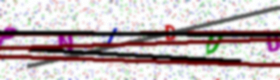
Text: PNJDUD